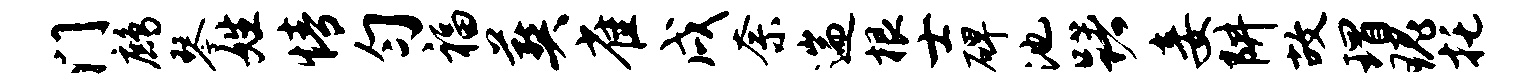
门鹧琴姓情匀福葬雀戌奈遄根士碑池躇妾阱故瑁瑰托